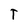
Character: T